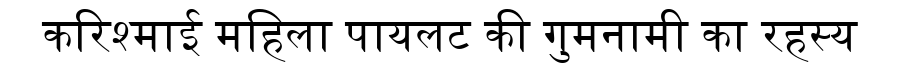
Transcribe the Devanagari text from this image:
करिश्माई महिला पायलट की गुमनामी का रहस्य